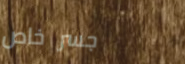
جسر خاص